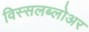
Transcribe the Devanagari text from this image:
विस्सलब्लोअर